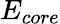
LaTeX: E_{core}